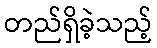
တည်ရှိခဲ့သည့်